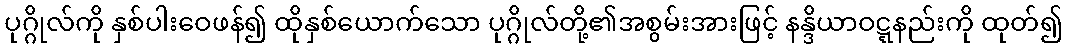
ပုဂ္ဂိုလ်ကို နှစ်ပါးဝေဖန်၍ ထိုနှစ်ယောက်သော ပုဂ္ဂိုလ်တို့၏အစွမ်းအားဖြင့် နန္ဒိယာဝဋ္ဋနည်းကို ထုတ်၍